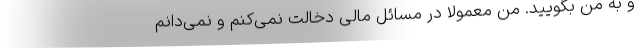
و به من بگویید. من معمولاً در مسائل مالی دخالت نمی‌کنم و نمی‌دانم